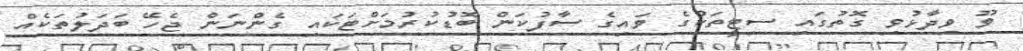
ވޫ ވިދާޅުވި ގޮތުގައި ސިޓީތަކުގެ ވައިގެ ސާފުކަން ބޮޑުކުރުމަށްޓަކައި ގެންނަން ޖެހޭ ބަދަލުތަކެއް